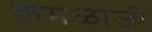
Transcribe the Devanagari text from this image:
कमळाजी